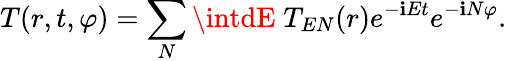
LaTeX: T(r,t,\varphi)=\sum_{N}\intdE\; T_{EN}(r)e^{-\mathbf{i}Et}e^{-\mathbf{i}N\varphi}.